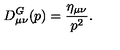
D _ { \mu \nu } ^ { G } ( p ) = \frac { \eta _ { \mu \nu } } { p ^ { 2 } } .